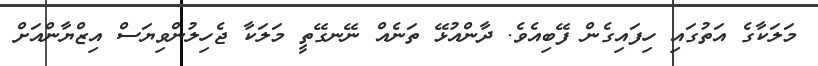
މަލަކާގެ އަތުގައި ހިފައިގެން ފޭބިއެވެ. ދާންއުޅޭ ތަނެއް ނޭނގޭތީ މަލަކާ ޖެހިލުންވިޔަސް އިޒްޔާންއަށް